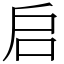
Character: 启